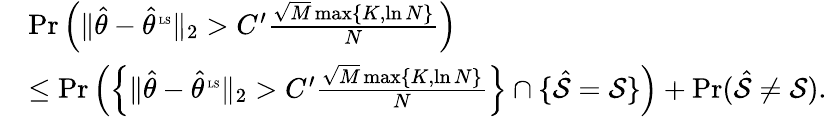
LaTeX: \begin{array}{rl}&{\operatorname*{Pr}\left(\| \hat{\theta}-\hat{\theta}^{\mathrm{\tiny~LS}}\| _{2}>C^{\prime}\frac{\sqrt{M}\operatorname*{max}\{ K,\ln N\} }{N}\right)}\\ &{\leq\operatorname*{Pr}\left(\left\{ \| \hat{\theta}-\hat{\theta}^{\mathrm{\tiny~LS}}\| _{2}>C^{\prime}\frac{\sqrt{M}\operatorname*{max}\{ K,\ln N\} }{N}\right\} \cap\{ \hat{\mathcal{S}}=\mathcal{S}\} \right)+\operatorname*{Pr}(\hat{\mathcal{S}}\neq\mathcal{S}).}\end{array}